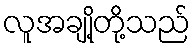
လူအချို့တို့သည်